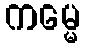
ကမ္မေ